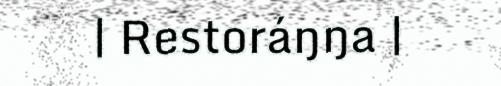
| Restoráŋŋa |